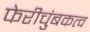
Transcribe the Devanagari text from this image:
फेरीचुंबकत्व